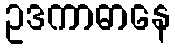
ဥဒကာဓာနေ